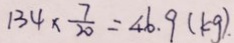
1 3 4 \times \frac { 7 } { 2 0 } = 4 6 . 9 ( k g ) .